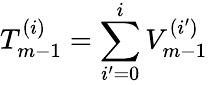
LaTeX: T_{m-1}^{(i)}=\sum_{i^{\prime}=0}^{i}V_{m-1}^{(i^{\prime})}